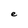
Character: e